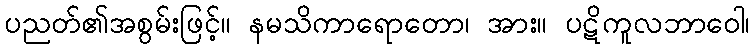
ပညတ်၏အစွမ်းဖြင့်။ နမသိကာရောတော၊ အား။ ပဋိကူလဘာဝေါ၊